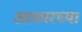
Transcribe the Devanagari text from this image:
आकारच्या